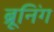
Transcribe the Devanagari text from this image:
ब्रूनिंग